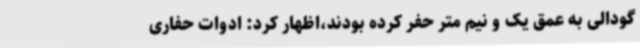
گودالی به عمق یک و نیم متر حفر کرده بودند،اظهار کرد: ادوات حفاری